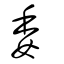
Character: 委